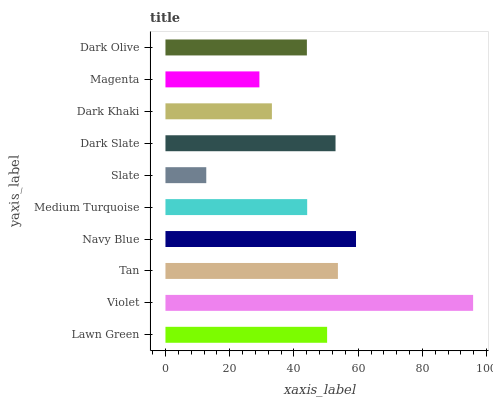
| yaxis_label | bars |
 | --- | --- |
 | Lawn Green | 50.3 |
 | Violet | 95.8 |
 | Tan | 53.7 |
 | Navy Blue | 59.3 |
 | Medium Turquoise | 44.1 |
 | Slate | 12.7 |
 | Dark Slate | 52.9 |
 | Dark Khaki | 33.1 |
 | Magenta | 29.2 |
 | Dark Olive | 44 |